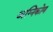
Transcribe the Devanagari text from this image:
अग्निकोण